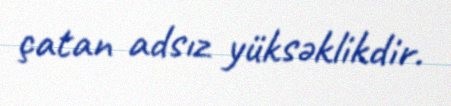
çatan adsız yüksəklikdir.